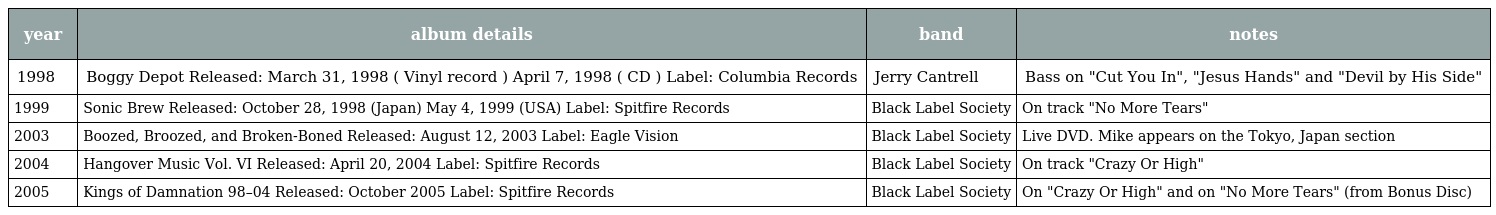
| year | album details | band | notes |
 | --- | --- | --- | --- |
 | 1998 | Boggy Depot Released: March 31, 1998 ( Vinyl record ) April 7, 1998 ( CD ) Label: Columbia Records | Jerry Cantrell | Bass on "Cut You In", "Jesus Hands" and "Devil by His Side" |
 | 1999 | Sonic Brew Released: October 28, 1998 (Japan) May 4, 1999 (USA) Label: Spitfire Records | Black Label Society | On track "No More Tears" |
 | 2003 | Boozed, Broozed, and Broken-Boned Released: August 12, 2003 Label: Eagle Vision | Black Label Society | Live DVD. Mike appears on the Tokyo, Japan section |
 | 2004 | Hangover Music Vol. VI Released: April 20, 2004 Label: Spitfire Records | Black Label Society | On track "Crazy Or High" |
 | 2005 | Kings of Damnation 98–04 Released: October 2005 Label: Spitfire Records | Black Label Society | On "Crazy Or High" and on "No More Tears" (from Bonus Disc) |